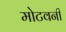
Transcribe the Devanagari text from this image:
मोटवनी